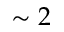
\sim 2